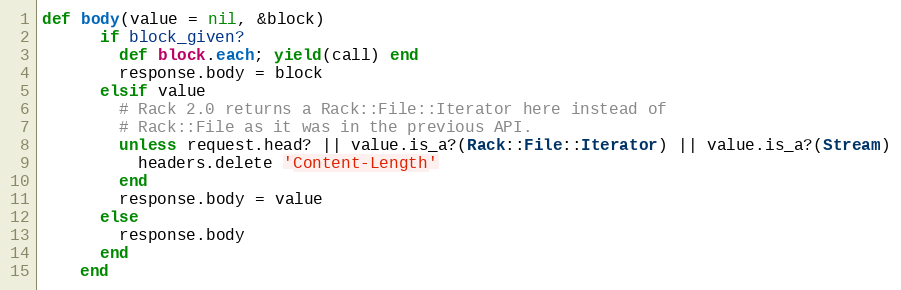
Language: Ruby
def body(value = nil, &block)
      if block_given?
        def block.each; yield(call) end
        response.body = block
      elsif value
        # Rack 2.0 returns a Rack::File::Iterator here instead of
        # Rack::File as it was in the previous API.
        unless request.head? || value.is_a?(Rack::File::Iterator) || value.is_a?(Stream)
          headers.delete 'Content-Length'
        end
        response.body = value
      else
        response.body
      end
    end